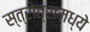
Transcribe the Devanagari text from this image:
स्त्रोत्रामध्ये